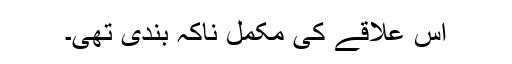
اس علاقے کی مکمل ناکہ بندی تھی۔